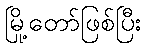
မြို့တော်ဖြစ်ပြီး